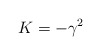
\begin{align*}K=-\gamma^2\end{align*}